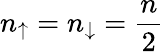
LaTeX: n_{\mathord{\uparrow}}=n_{\mathord{\downarrow}}=\frac{n}{2}